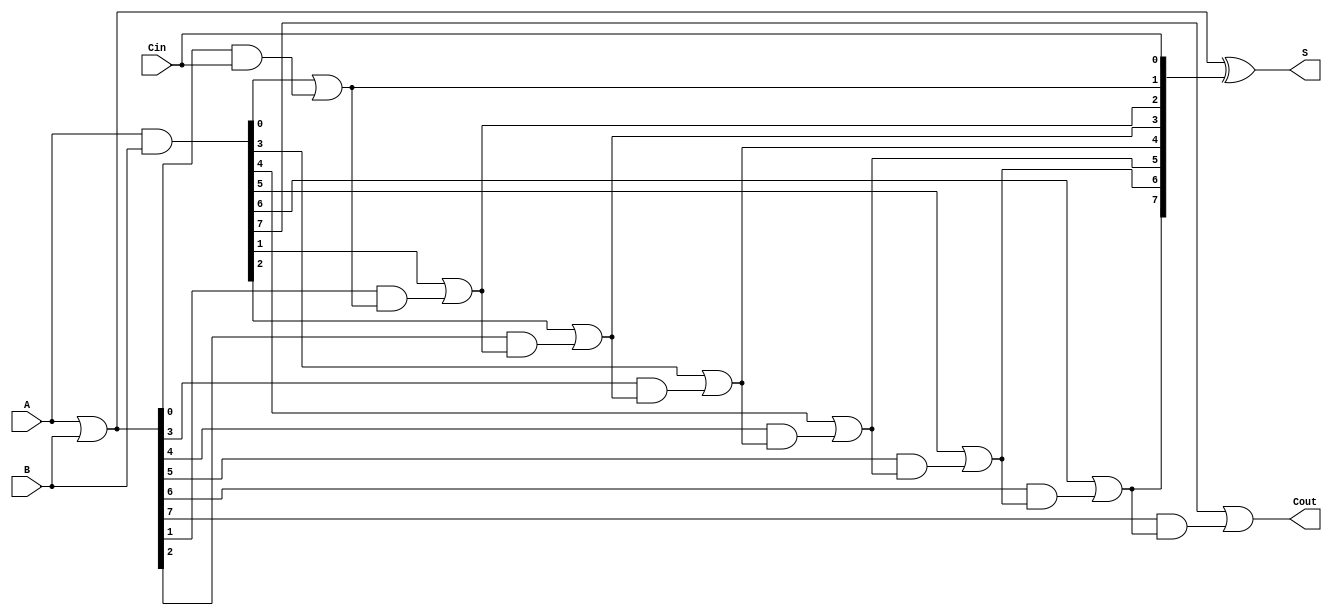
module brent_kung_adder #(parameter N = 8) (
    input  [N-1:0] A,      // First operand
    input  [N-1:0] B,      // Second operand
    input          Cin,     // Carry-in
    output [N-1:0] S,      // Sum output
    output         Cout     // Carry-out
);

    // Generate and Propagate signals
    wire [N-1:0] G; // Generate
    wire [N-1:0] P; // Propagate
    wire [N-1:0] C; // Carry signals

    // Generate and Propagate logic
    assign G = A & B; // Generate
    assign P = A | B; // Propagate

    // Carry generation
    assign C[0] = G[0] | (P[0] & Cin); // First carry
    genvar i;
    generate
        for (i = 1; i < N; i = i + 1) begin : carry_gen
            assign C[i] = G[i] | (P[i] & C[i-1]);
        end
    endgenerate

    // Sum calculation
    assign S = P ^ {C[N-2:0], Cin}; // Final sum

    // Final carry-out
    assign Cout = C[N-1];

endmodule